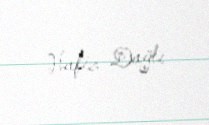
Hafiz Dağlı